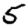
Digit: 5